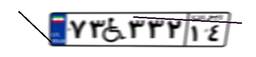
۷۳W۳۳۲۱۴